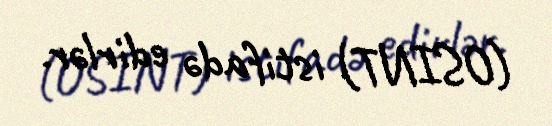
(OSINT) istifadə edirlər.